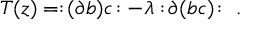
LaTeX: T ( z ) = : \! ( \partial b ) c \! : - \lambda : \! \partial ( b c ) \! : \ .